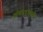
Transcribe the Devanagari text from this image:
आंबटचुकाही